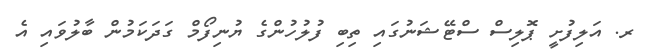
ރ. އަލިފުށީ ޕޮލިސް ސްޓޭޝަނުގައި ތިބި ފުލުހުންގެ ޔުނިފޯމް ގަދަކަމުން ބާލުވައި އެ